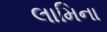
લામિના